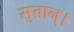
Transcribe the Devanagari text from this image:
सुतान्।